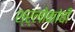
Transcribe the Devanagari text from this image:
श्र्लोकांची